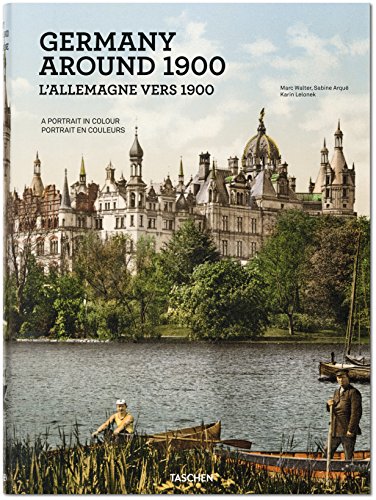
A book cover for Germany around 1900: A Portrait in Colour; Karin Lelonek; Arts & Photography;